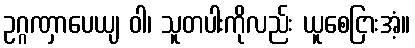
ဥဂ္ဂဏှာပေယျ ဝါ၊ သူတပါးကိုလည်း ယူစေငြားအံ့။